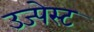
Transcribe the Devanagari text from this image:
उज्पेस्ट